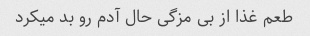
طعم غذا از بی مزگی حال آدم رو بد میکرد